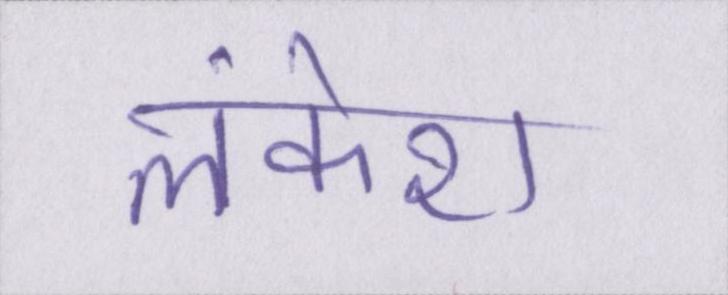
लंकेश